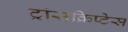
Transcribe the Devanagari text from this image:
ट्रांसक्रिप्टेस